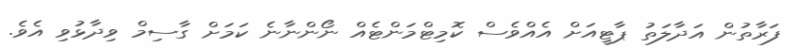
ފަރާތުން އަދާލަތު ޕާޓީއަށް އެއްވެސް ކޮމިޓްމަންޓެއް ނޯންނާނެ ކަމަށް ގާސިމް ވިދާޅުވި އެވެ.